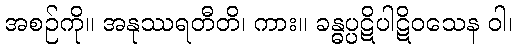
အစဉ်ကို။ အနုဿရတီတိ၊ ကား။ ခန္ဓပ္ပဋိပါဋိဝသေန ဝါ၊